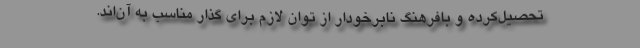
تحصیل‌کرده و بافرهنگ نابرخودار از توان لازم برای گذار مناسب به آن‌اند.